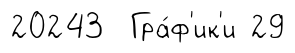
20243 Гра́ф'ик'и 29